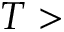
T >